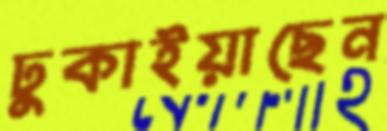
ঢুকাইয়াছেন